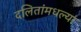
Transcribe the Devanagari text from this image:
दलितांमधल्या